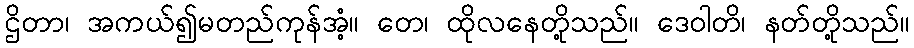
ဌိတာ၊ အကယ်၍မတည်ကုန်အံ့။ တေ၊ ထိုလနေတို့သည်။ ဒေဝါတိ၊ နတ်တို့သည်။